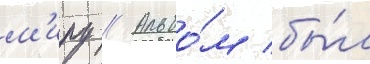
м'иру // Альбо́м бы́л